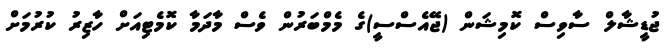
ޖުޑީޝާލް ސާވިސް ކޮމިޝަން (ޖޭއެސްސީ)ގެ މެމްބަރުން ވެސް މާދަމާ ކޮމެޓިއަށް ހާޒިރު ކުރުމަށް